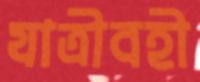
যাত্রীবহী